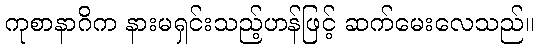
ကုစာနာဂိက နားမရှင်းသည့်ဟန်ဖြင့် ဆက်မေးလေသည်။